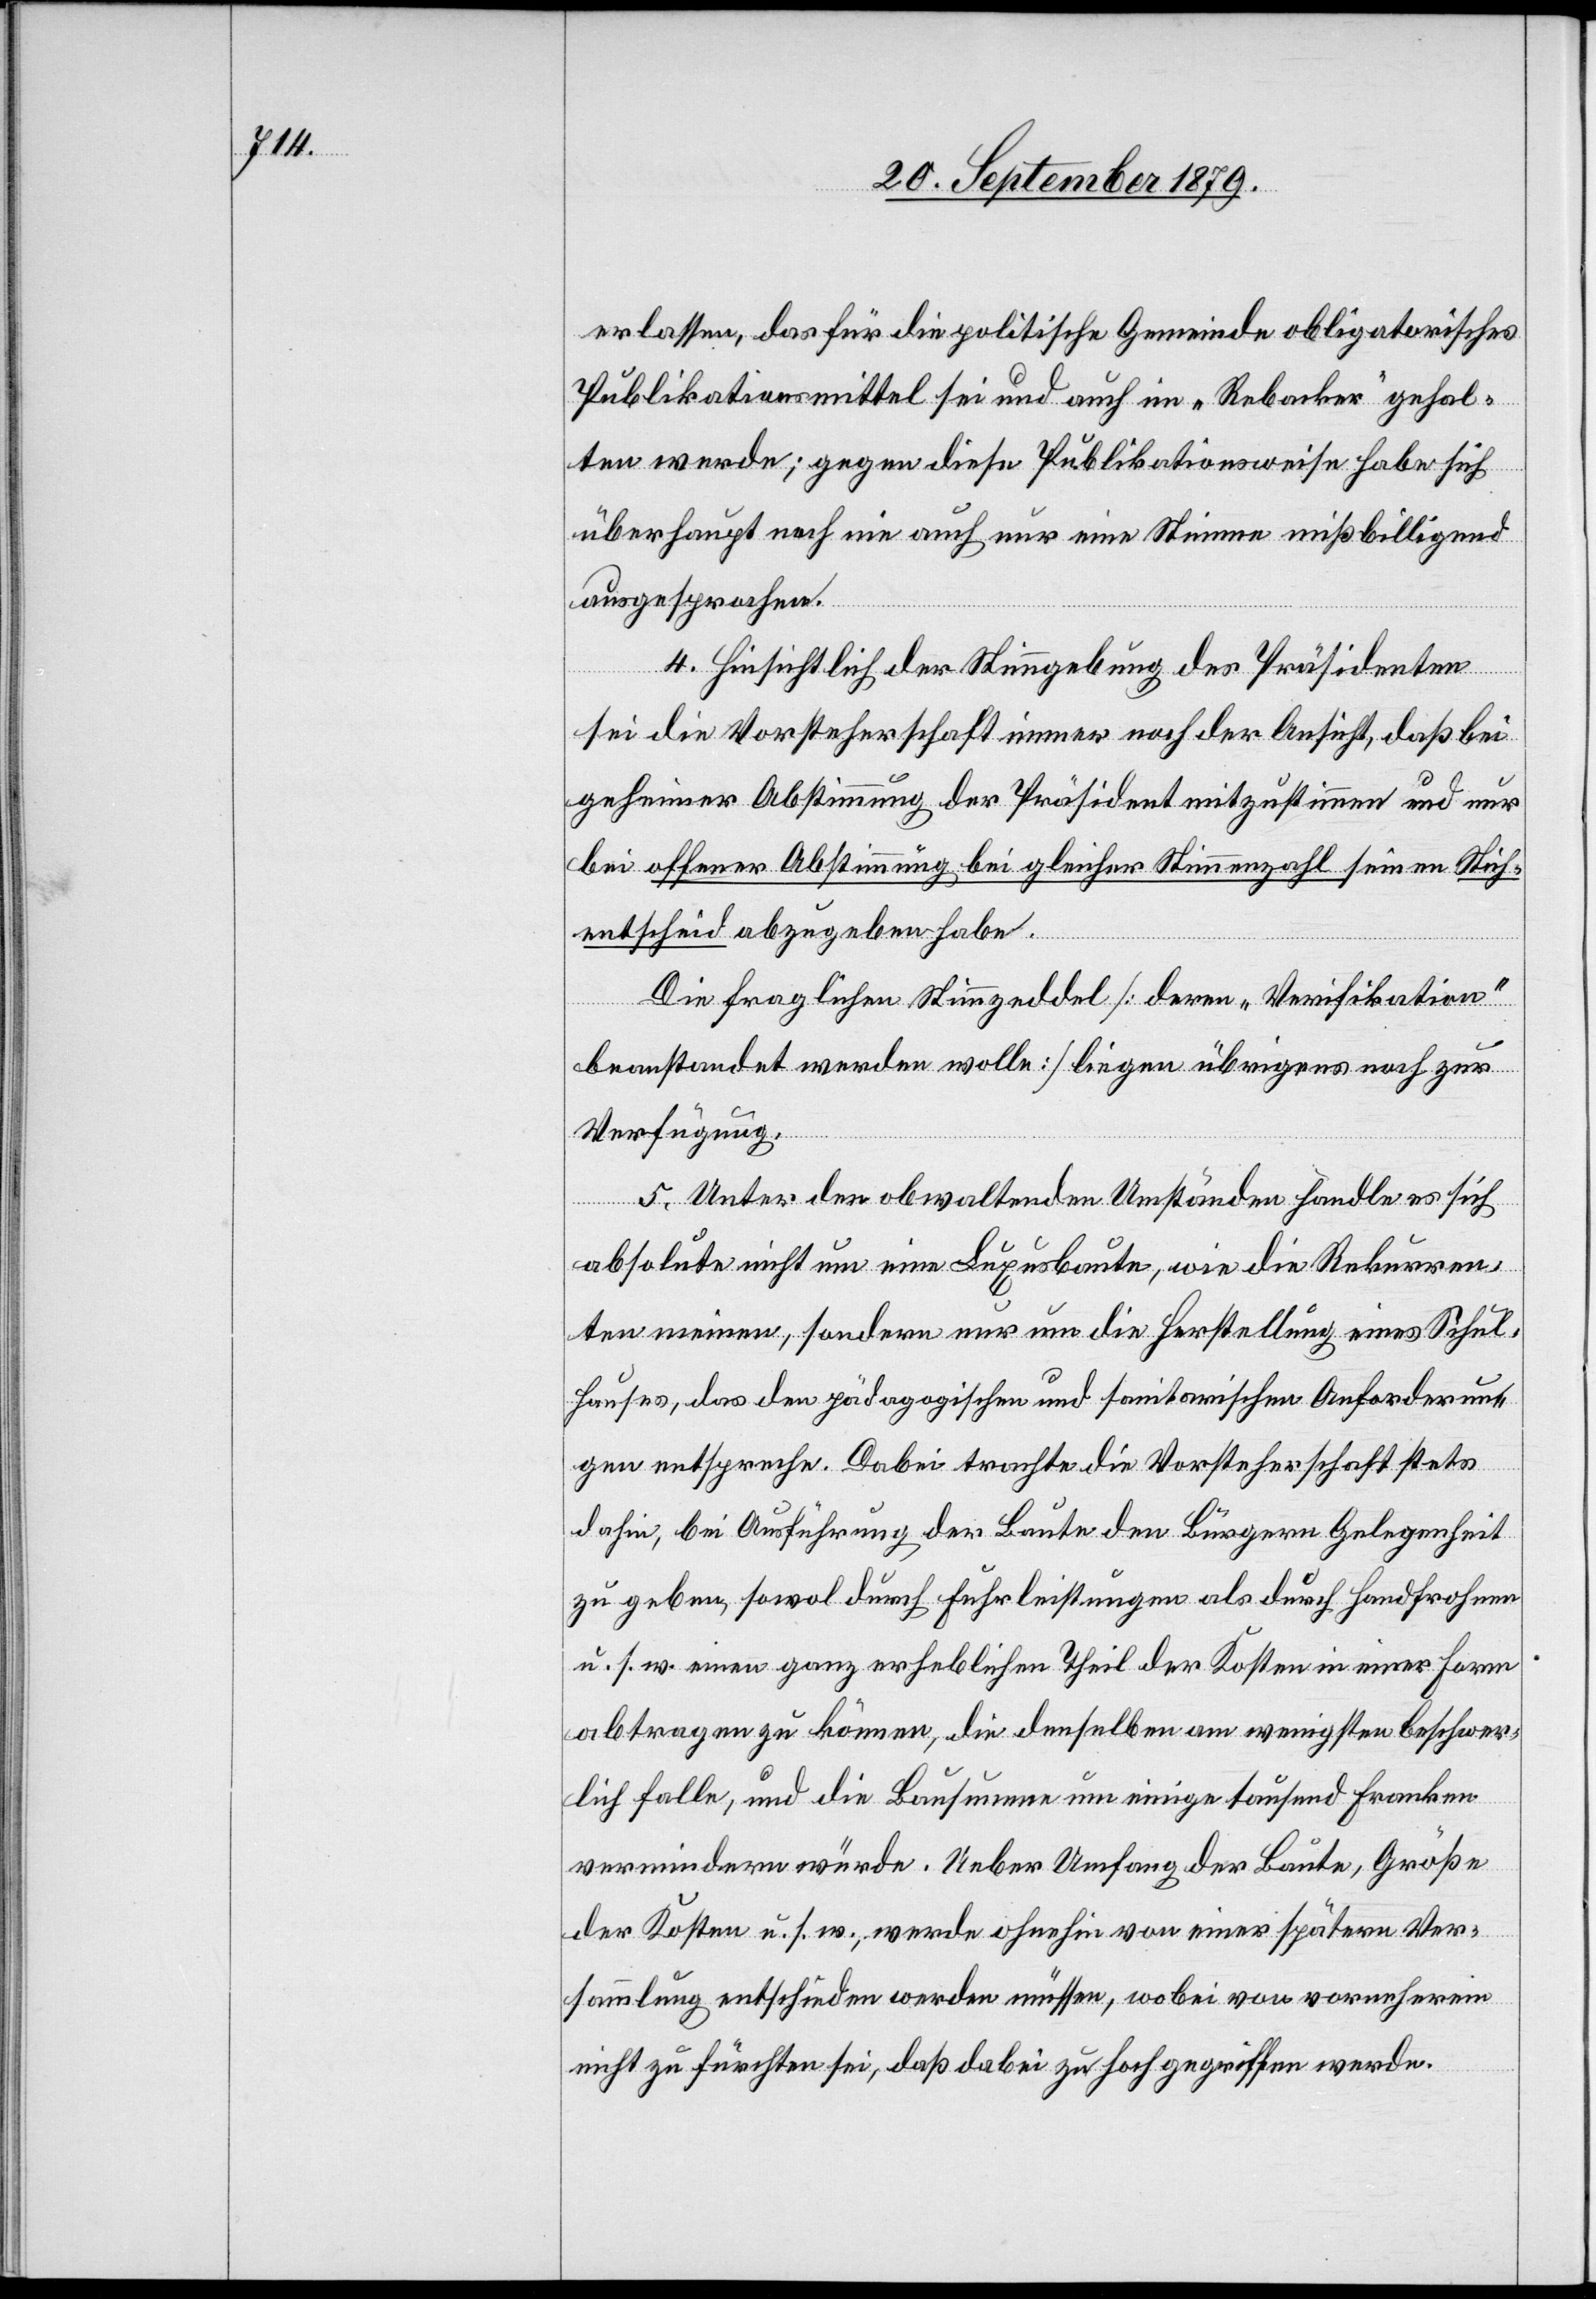
erlassen, das für die politische Gemeinde obligatorisches
Publikationsmittel sei und auch im „Rebacker“ gehal¬
ten werde; gegen diese Publikationsweise habe sich
überhaupt noch nie auch nur eine Stimme missbilligend
ausgesprochen.
4. Hinsichtlich der Stimmgebung des Präsidenten
sei die Vorsteherschaft immer noch der Ansicht, daß bei
geheimer Abstimmung der Präsident mitzustimmen und nur
bei offener Abstimmung bei gleicher Stimmenzahl seinen Stich¬
entscheid abzugeben habe.
Die fraglichen Stimmzeddel [deren „Verifikation“
beanstandet werden wolle] liegen übrigens noch zur
Verfügung.
5. Unter den obwaltenden Umständen handle es sich
absolute nicht um eine Luxusbaute, wie die Rekurren¬
ten meinen, sondern nur um die Herstellung eines Schul¬
hauses, das den pädagogischen und sanitarischen Anforderun¬
gen entspreche. Dabei trachte die Vorsteherschaft stets
dahin, bei Ausführung der Baute den Bürgern Gelegenheit
zu geben, sowol durch Fuhrleistungen als durch Handfrohnen
u. s. w. einen ganz erheblichen Theil der Kosten in einer Form
abtragen zu können, die denselben am wenigsten beschwer¬
lich falle, und die Bausumme um einige tausend Franken
vermindern würde. Ueber Umfang der Baute, Größe
der Kosten u. s. w., werde ohnehin von einer spätern Ver¬
sammlung entschieden werden müssen, wobei von vorneherein
nicht zu fürchten sei, daß dabei zu hoch gegriffen werde.